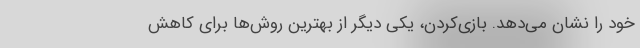
خود را نشان می‌دهد. بازی‌کردن، یکی دیگر از بهترین روش‌ها برای کاهش